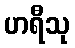
ဟရီသု